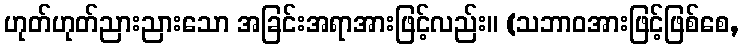
ဟုတ်ဟုတ်ညားညားသော အခြင်းအရာအားဖြင့်လည်း။ (သဘာဝအားဖြင့်ဖြစ်စေ,